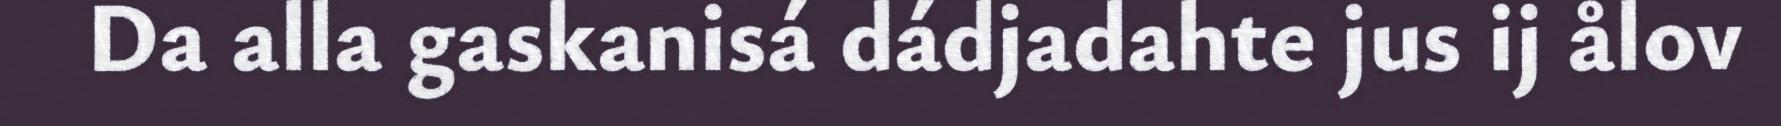
Da alla gaskanisá dádjadahte jus ij ålov